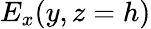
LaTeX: E_{x}(y,z=h)